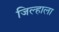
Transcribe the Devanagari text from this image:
जिल्हाला